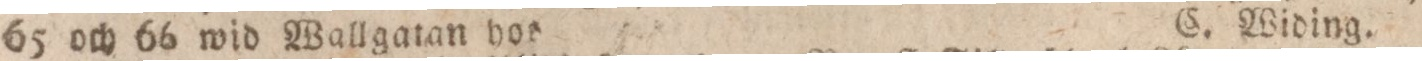
65 och 66 wid Wallgatan hos    C. Widing.